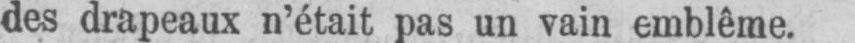
des drapeaux n’était pas un vain emblême.